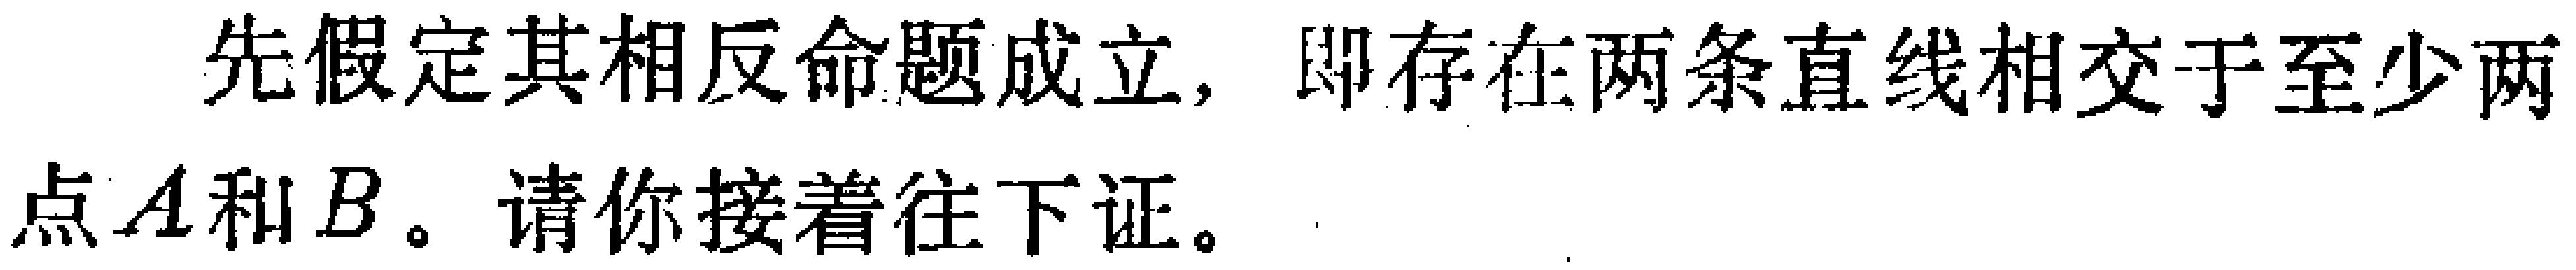
先假定其相反命题成立，即存在两条直线相交于至少两点\(A\)和\(B\)。请你接着往下证。